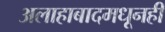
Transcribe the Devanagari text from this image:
अलाहाबादमधूनही